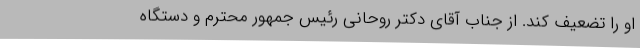
او را تضعیف کند. از جناب آقای دکتر روحانی رئیس جمهور محترم و دستگاه